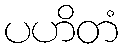
ပဟိတံ